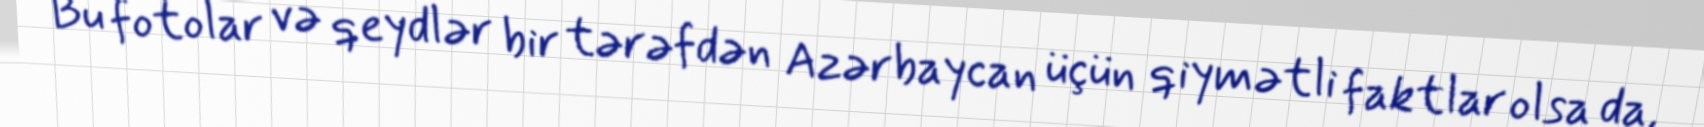
Bu fotolar və qeydlər bir tərəfdən Azərbaycan üçün qiymətli faktlar olsa da,